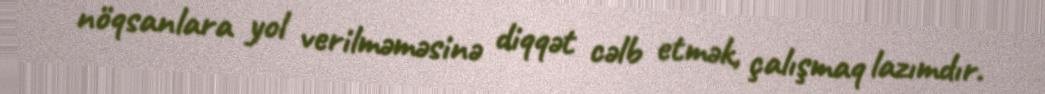
nöqsanlara yol verilməməsinə diqqət cəlb etmək, çalışmaq lazımdır.